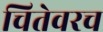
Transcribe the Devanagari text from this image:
चितेवरच